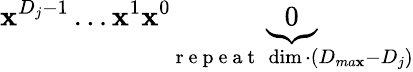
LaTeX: \boldsymbol{\mathbf{x}}^{D_{j}-1}\ldots\boldsymbol{\mathbf{x}}^{1}\boldsymbol{\mathbf{x}}^{0}\underbrace{{0}}_{\mathrm{{~r~e~p~e~a~t~}}\ \dim\cdot(D_{ma\mathbf{x}}-D_{j})}